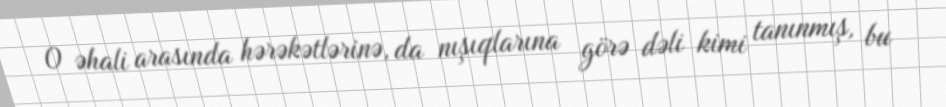
O əhali arasında hərəkətlərinə, da nışıqlarına görə dəli kimi tanınmış, bu